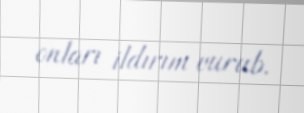
onları ildırım vurub.